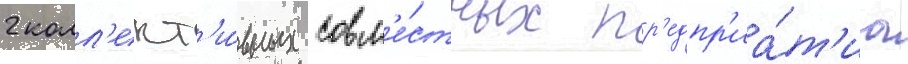
2 колл'ект'и́вных совм'е́стных пр'едпр'иа́т'иа